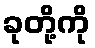
ခုတို့ကို